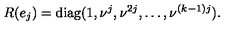
R ( e _ { j } ) = \mathrm { d i a g } ( 1 , \nu ^ { j } , \nu ^ { 2 j } , \ldots , \nu ^ { ( k - 1 ) j } ) .